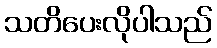
သတိပေးလိုပါသည်